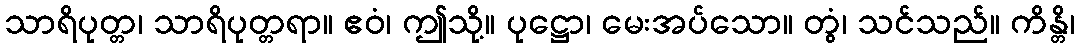
သာရိပုတ္တ၊ သာရိပုတ္တရာ။ ဧဝံ၊ ဤသို့။ ပုဋ္ဌော၊ မေးအပ်သော။ တွံ၊ သင်သည်။ ကိန္တိ၊